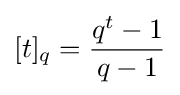
[t]_{q}={\frac {q^{t}-1}{q-1}}